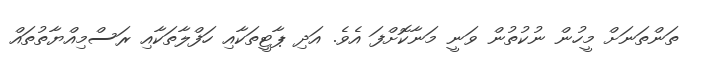
ތަންތަނަށް މީހުން ނުކުތުން ވަނީ މަނާކޮށްފަ އެވެ. އަދި ޕާޓީތަކާއި ހަފްލާތަކާއި ރަސްމިއްޔާތުތައް